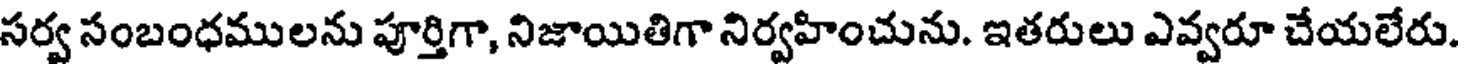
సర్వ సంబంధములను పూర్తిగా, నిజాయితిగా నిర్వహించును. ఇతరులు ఎవ్వరూ చేయలేరు.